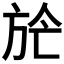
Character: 𣃢